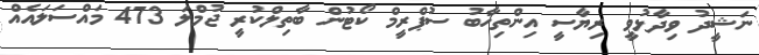
ނަޝީދު ވިދާޅުވީ ރިޔާސީ އިންތިހާބު ސުޕްރީމް ކޯޓުން ބާތިލްކުރީ ޖުމްލަ 473 މައްސަލައެއް